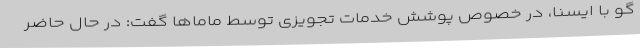
گو با ایسنا، در خصوص پوشش خدمات تجویزی توسط ماماها گفت: در حال حاضر